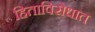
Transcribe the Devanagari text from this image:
हिताविरोधात